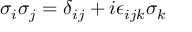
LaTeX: \sigma _ { i } \sigma _ { j } = \delta _ { i j } + i \epsilon _ { i j k } \sigma _ { k }